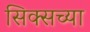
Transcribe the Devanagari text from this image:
सिक्सच्या